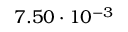
7 . 5 0 \cdot 1 0 ^ { - 3 }